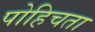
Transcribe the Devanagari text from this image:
पोहिचता